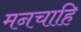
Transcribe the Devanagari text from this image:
मनचाहि